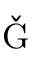
\check { \mathrm { G } }